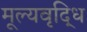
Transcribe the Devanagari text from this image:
मूल्‍यवृद्धि